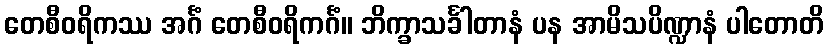
တေစီဝရိကဿ အင်္ဂံ တေစီဝရိကင်္ဂံ။ ဘိက္ခာသင်္ခါတာနံ ပန အာမိသပိဏ္ဍာနံ ပါတောတိ